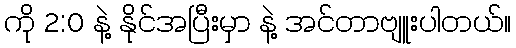
ကို 2:0 နဲ့ နိုင်အပြီးမှာ နဲ့ အင်တာဗျူးပါတယ်။